system: You are a helpful assistant.
user:
Analyze the provided spectrum to determine if it is a **Carbon Star (C-type)**.

- **Key Visual Indicators of Carbon Star:**
    - **(Primary):** Strong molecular absorption from **C₂ (diatomic carbon) "Swan Bands."** This is the **defining feature** of a carbon star.
        - **(Key Bandheads):** Sharp absorption edges are visible at approximately $5635$ Å, $5165$ Å (the strongest band), and $4737$ Å.
        - **(Line Profile):** Creates a distinct **"saw-tooth"** pattern. The key morphology is a sharp, steep bandhead on the **red (long-wavelength) side**, which then gradually tapers off (i.e., flux recovers) towards the **blue (short-wavelength) side**. *(This is the direct opposite of the TiO bands seen in M-type stars)*.

    - **(Secondary):** Intense **CN (cyanogen)** molecular absorption bands.
        - **(Key Bandheads):** Located in the blue and violet regions of the spectrum (e.g., near $4215$ Å and $3883$ Å).
        - **(Morphology):** These bands are extremely broad and act as a "blanket," absorbing the vast majority of blue and violet light. This creates a characteristic **"cliff"** or **"steep drop-off"** in the spectrum's flux at short wavelengths.

    - **(Key Confirmation):** Strong **CH absorption band (G-band)**.
        - **(Key Bandhead):** Located around $4300$ Å. The contribution from CH molecules to this band is exceptionally strong.

    - **(Overall Spectrum):**
        - The continuum is severely "chopped up" by these deep molecular bands, especially C₂, rather than appearing as a smooth curve.
        - Due to the heavy CN and C₂ absorption in the blue-green, the vast majority of the star's flux is concentrated in the red part of the spectrum, giving the star its characteristic deep red color.

Think first, call **spectral_visualization_tool** if needed to examine features in detail, then provide your final answer. Your response must adhere to the following strict rules:
1.  **Overall Structure:** Your response must follow the format `<think>...</think> <tool_call>...</tool_call> (if a tool is used) <answer>...</answer>`.
2.  **Tool Usage Constraint:** You may only make **one** tool call per turn.
3.  **Final Answer Format:** In the `<answer>` tag, your conclusion must be inside a `\boxed{}` command (e.g., `\boxed{YES}`), followed by your justification.

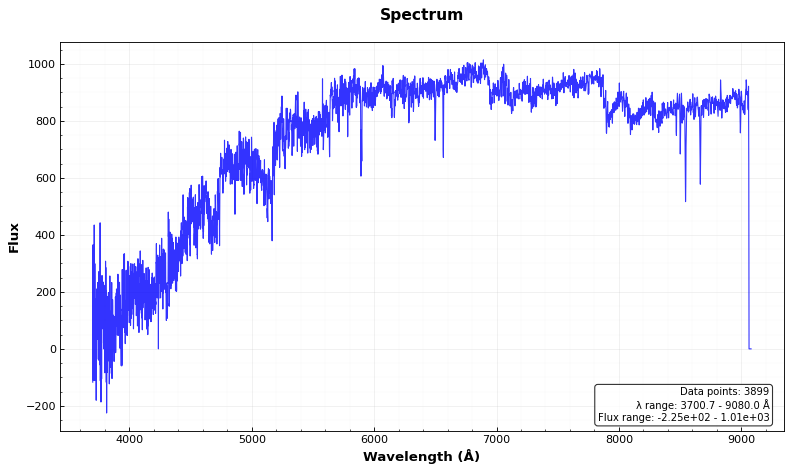
Answer: YES